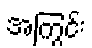
အကြွင်း